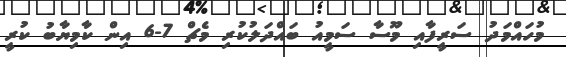
މުހައްމަދު ސަރީފާއި މޫސާ ސަމީއު ބައްދަލުކުރި މެޗް 7-6 އިން ކާމިޔާބު ކުރީ